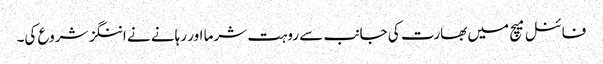
فائنل میچ میں بھارت کی جانب سے روہت شرما اور رہانے نے اننگز شروع کی۔